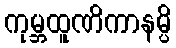
ကုမ္ဘထူဏိကာနမ္ပိ